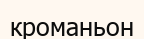
кроманьон